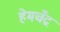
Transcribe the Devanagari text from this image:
हेमचँद्र